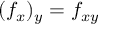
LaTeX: ( f _ { x } ) _ { y } = f _ { x y }